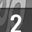
Digit: 2